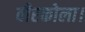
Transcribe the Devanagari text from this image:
वीरकोला।